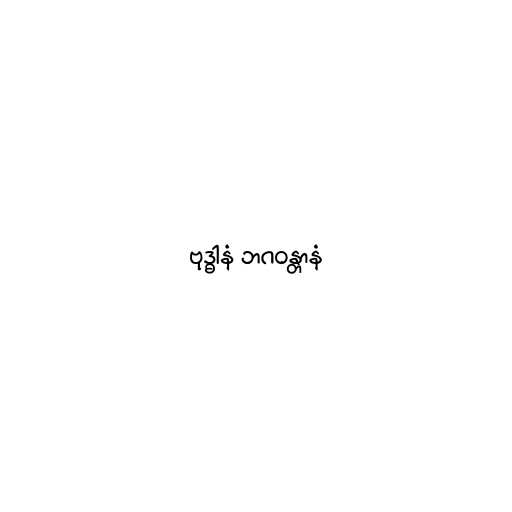
ဗုဒ္ဓါနံ ဘဂဝန္တာနံ